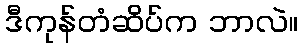
ဒီကုန်တံဆိပ်က ဘာလဲ။